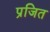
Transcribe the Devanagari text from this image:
प्रजित